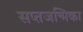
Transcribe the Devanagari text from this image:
सप्तजन्मिका